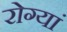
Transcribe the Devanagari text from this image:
रोग्यां